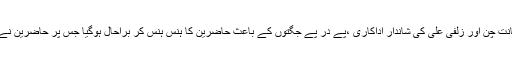
پروگرام کے دوران امانت چن اور زلفی علی کی شاندار اداکاری ،پے در پے جگتوں کے باعث حاضرین کا ہنس ہنس کر براحال ہوگیا جس پر حاضرین نے انہیں زبردست دادی ۔